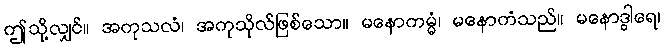
ဤသို့လျှင်။ အကုသလံ၊ အကုသိုလ်ဖြစ်သော။ မနောကမ္မံ၊ မနောကံသည်။ မနောဒွါရေ၊